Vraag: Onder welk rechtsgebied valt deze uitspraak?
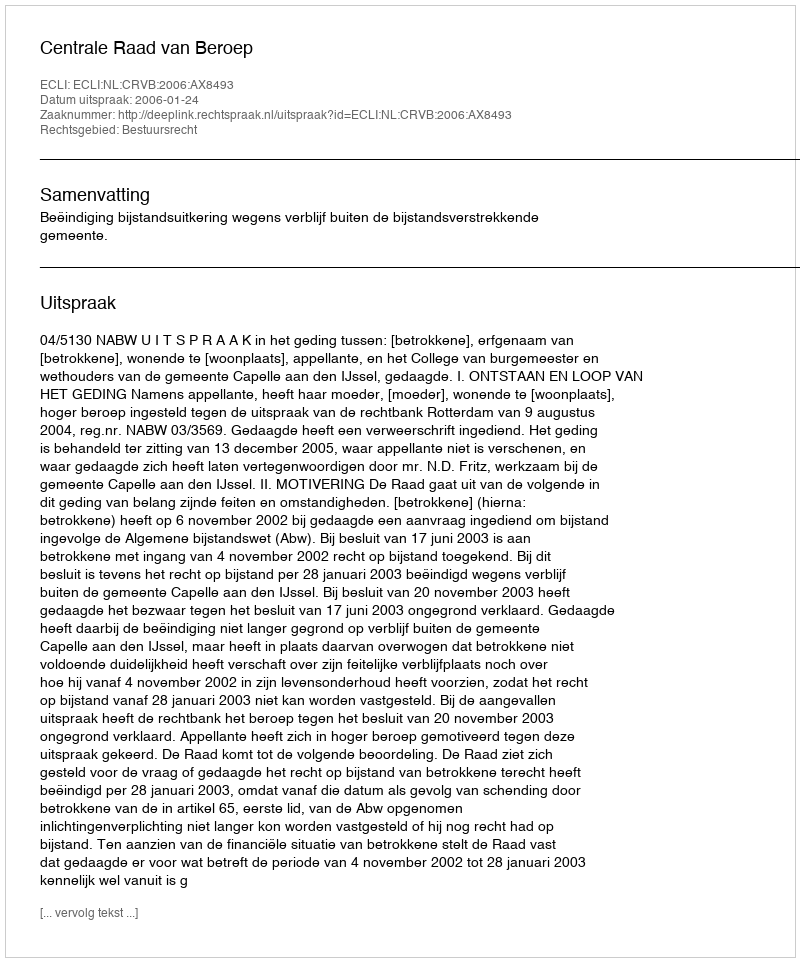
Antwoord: Bestuursrecht